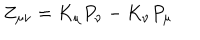
Z _ { \mu \nu } = K _ { \mu } P _ { \nu } - K _ { \nu } P _ { \mu }